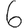
Digit: 6